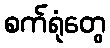
စက်ရုံတွေ